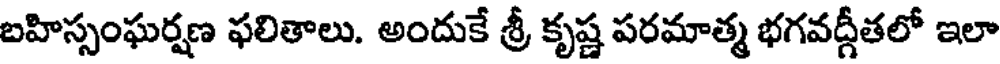
బహిస్సంఘర్షణ ఫలితాలు. అందుకే శ్రీ కృష్ణ పరమాత్మ భగవద్గీతలో ఇలా